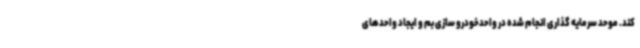
کند. موحد سرمایه گذاری انجام شده در واحدخودرو سازی بم و ایجاد واحدهای